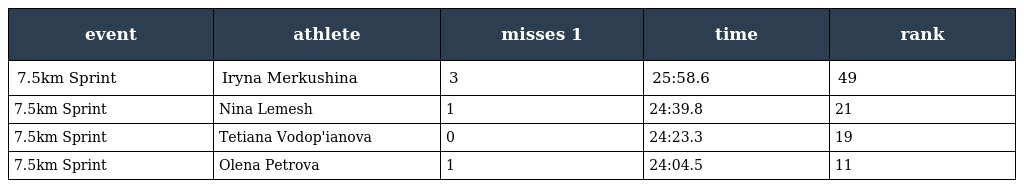
| event | athlete | misses 1 | time | rank |
 | --- | --- | --- | --- | --- |
 | 7.5km Sprint | Iryna Merkushina | 3 | 25:58.6 | 49 |
 | 7.5km Sprint | Nina Lemesh | 1 | 24:39.8 | 21 |
 | 7.5km Sprint | Tetiana Vodop'ianova | 0 | 24:23.3 | 19 |
 | 7.5km Sprint | Olena Petrova | 1 | 24:04.5 | 11 |